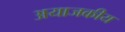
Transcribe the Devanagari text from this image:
अयाजकीय